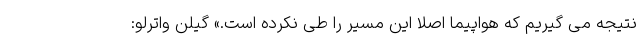
نتیجه می گیریم که هواپیما اصلا این مسیر را طی نکرده است.» گیلن واترلو: